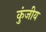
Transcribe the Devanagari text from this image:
कुंजीय